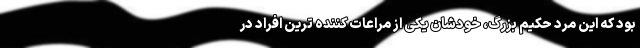
بود که این مرد حکیم بزرگ، خودشان یکی از مراعات کننده ترین افراد در